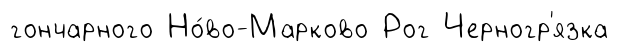
гончарного Но́во-Марково Рог Черногр'язка